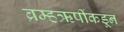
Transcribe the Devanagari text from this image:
ब्रम्हऋषींकडून